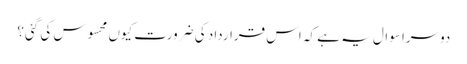
دوسرا سوال یہ ہے کہ اس قرارداد کی ضرورت کیوں محسوس کی گئی؟